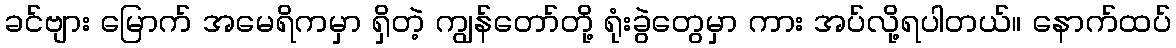
ခင်ဗျား မြောက် အမေရိကမှာ ရှိတဲ့ ကျွန်တော်တို့ ရုံးခွဲတွေမှာ ကား အပ်လို့ရပါတယ်။ နောက်ထပ်